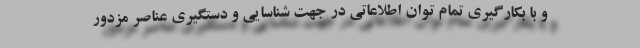
و با بکارگیری تمام توان اطلاعاتی در جهت شناسایی و دستگیری عناصر مزدور